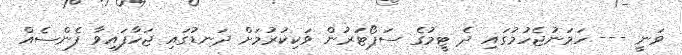
ވަނީ --- ހަމަނުޖެހުމުގައި ދެ ޓީމުގެ ސަޕޯޓަރުން ވަކިކުރުމަށް ދަނޑުގައި ޖަހާފައިވާ ފެންސެއް